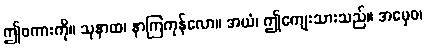
ဤစကားကို။ သုနာထ၊ နာကြကုန်လော။ အယံ၊ ဤကျေးသားသည်။ အမှေဝ၊